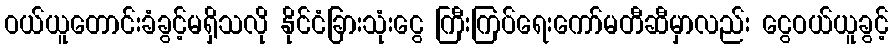
ဝယ်ယူတောင်းခံခွင့်မရှိသလို နိုင်ငံခြားသုံးငွေ ကြီးကြပ်ရေးကော်မတီဆီမှာလည်း ငွေဝယ်ယူခွင့်